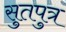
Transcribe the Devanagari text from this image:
सुतपुत्र